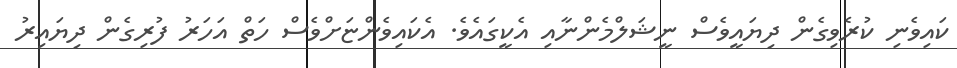
ކައިވެނި ކުރެވިގެން ދިޔައީވެސް ނީޝަލްމެންނާއި އެކީގައެވެ. އެކައިވެންޏަށްވެސް ހަތް އަހަރު ފުރިގެން ދިޔައިރު